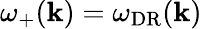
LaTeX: \omega_{+}(\mathbf{k})=\omega_{\mathrm{DR}}(\mathbf{k})